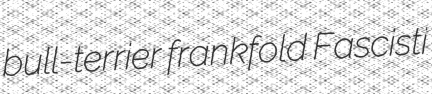
bull-terrier frankfold Fascisti